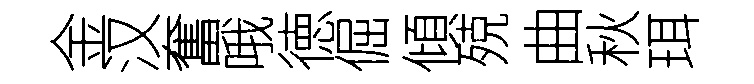
金汉奮哦徳倔傾殑曲秋珥